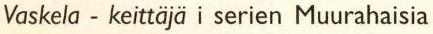
Vaskela - keittäjä i serien Muurahaisia